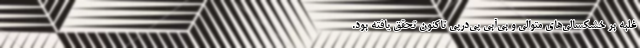
غلبه بر خشكسالي‌هاي متوالي و بي‌آبي پي‌درپي تاكنون تحقق يافته بود.